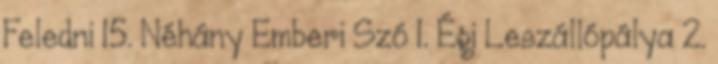
Feledni 15. Néhány Emberi Szó 1. Égi Leszállópálya 2.